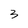
Character: 3